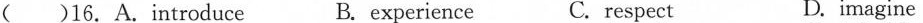
( )16.A.introduce B. experience C. respect D. imagine